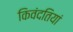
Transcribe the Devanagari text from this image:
किवंदतियां